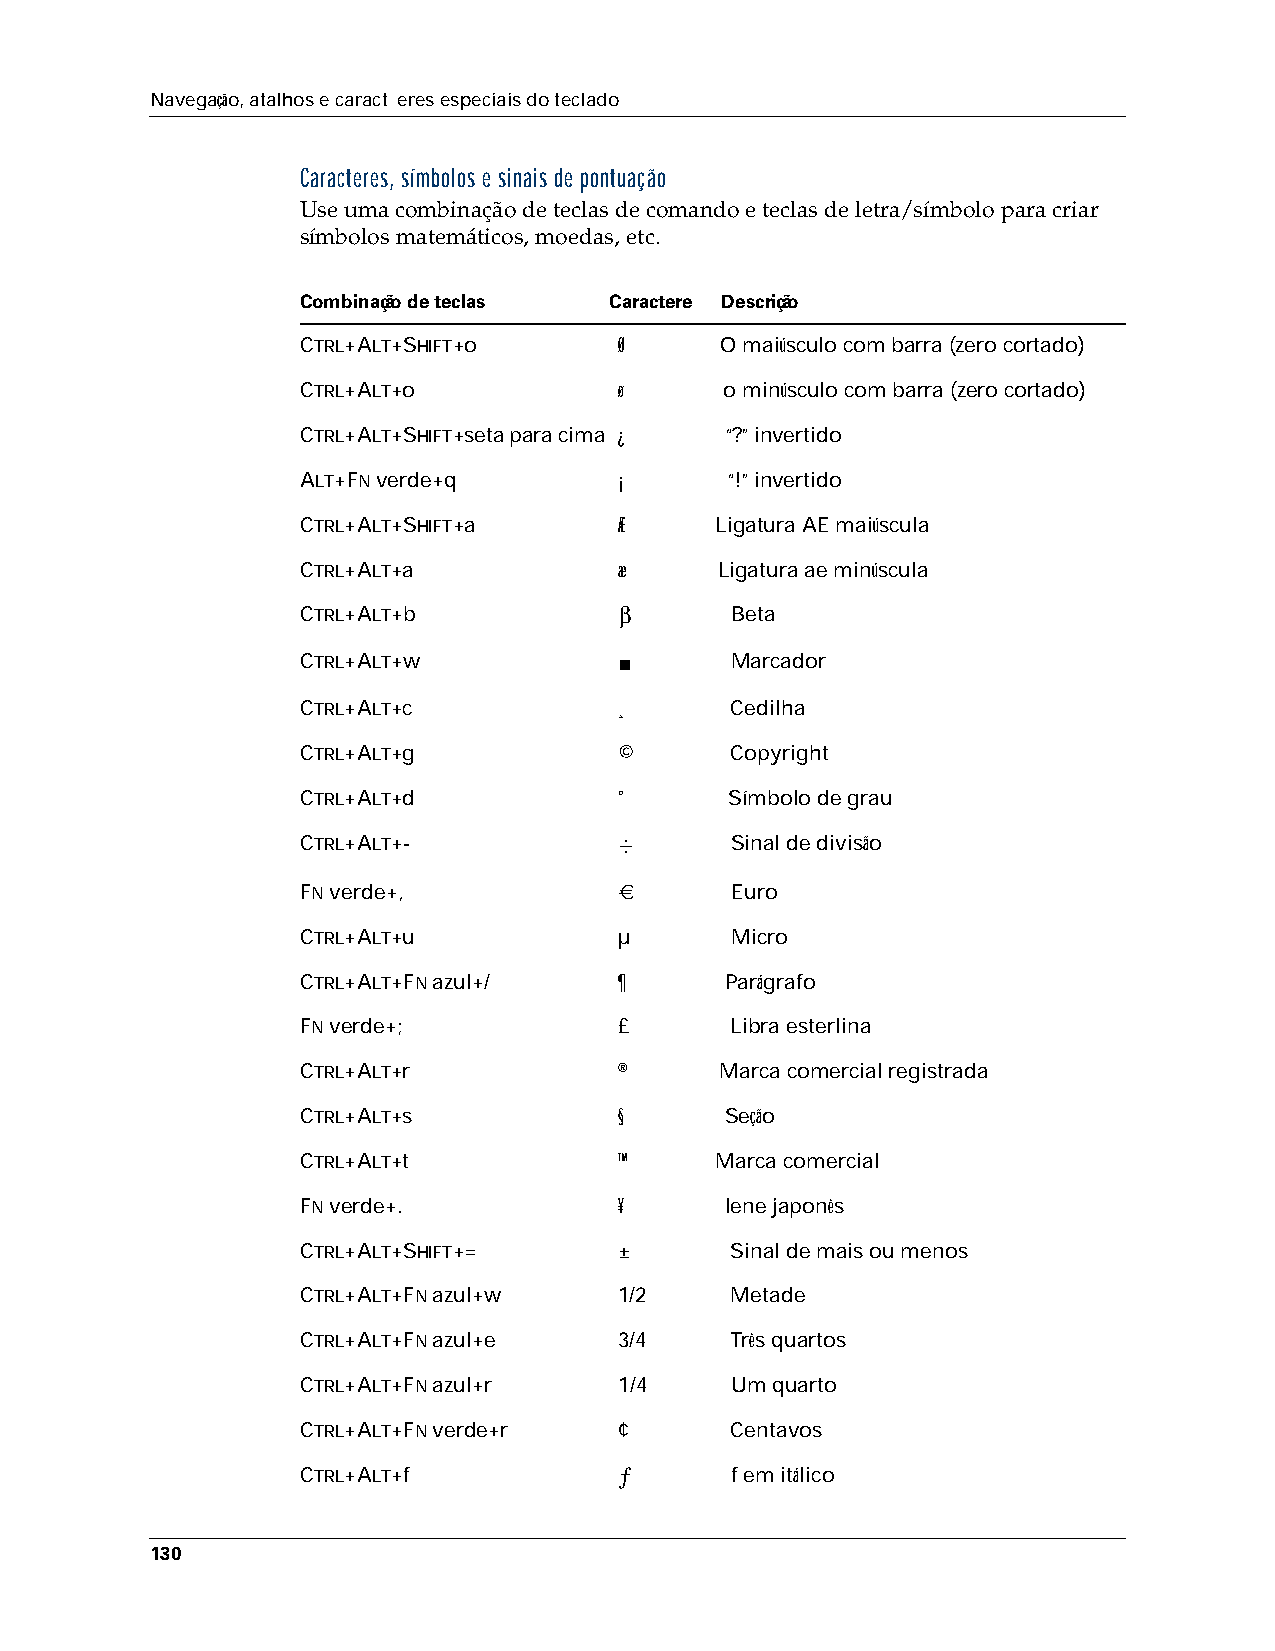
Navegação, atalhos e caract eres especiais do teclado
 Caracteres, símbolos e sinais de pontuação
 Use uma combinação de teclas de comando e teclas de letra/símbolo para criar
 símbolos matemáticos, moedas, etc.
 Combinação de teclas Caractere Descrição
 CTRL+ALT+SHIFT+o     Ø      O maiúsculo com barra (zero cortado)
 CTRL+ALT+o           ø      o minúsculo com barra (zero cortado)
 CTRL+ALT+SHIFT+seta para cima ¿ “?” invertido
 ALT+FN verde+q       ¡      “!” invertido
 CTRL+ALT+SHIFT+a     Æ     Ligatura AE maiúscula
 CTRL+ALT+a           æ      Ligatura ae minúscula
 CTRL+ALT+b           β      Beta
 CTRL+ALT+w           ■      Marcador
 CTRL+ALT+c           ¸      Cedilha
 CTRL+ALT+g           ©      Copyright
 CTRL+ALT+d           °      Símbolo de grau
 CTRL+ALT+-           ÷      Sinal de divisão
 FN verde+,           €      Euro
 CTRL+ALT+u           µ      Micro
 CTRL+ALT+FN azul+/   ¶      Parágrafo
 FN verde+;           £      Libra esterlina
 CTRL+ALT+r           ®      Marca comercial registrada
 CTRL+ALT+s           §      Seção
 CTRL+ALT+t           ™     Marca comercial
 FN verde+.           ¥      Iene japonês
 CTRL+ALT+SHIFT+=     ±      Sinal de mais ou menos
 CTRL+ALT+FN azul+w   1/2    Metade
 CTRL+ALT+FN azul+e   3/4    Três quartos
 CTRL+ALT+FN azul+r   1/4    Um quarto
 CTRL+ALT+FN verde+r  ¢      Centavos
 CTRL+ALT+f           ƒ      f em itálico
 130